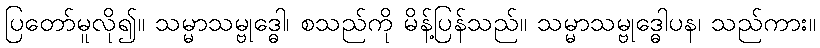
ပြတော်မူလို၍။ သမ္မာသမ္ဗုဒ္ဓေါ၊ စသည်ကို မိန့်ပြန်သည်။ သမ္မာသမ္ဗုဒ္ဓေါပန၊ သည်ကား။